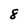
Character: 8